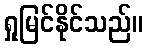
ရှုမြင်နိုင်သည်။